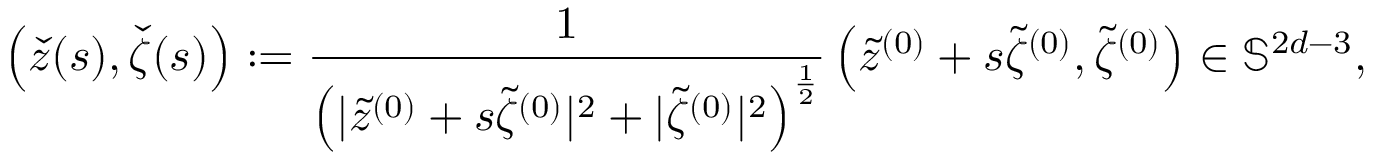
\left( \check { z } ( s ) , \check { \zeta } ( s ) \right) : = \frac { 1 } { { \left( | \tilde { z } ^ { ( 0 ) } + s \tilde { \zeta } ^ { ( 0 ) } | ^ { 2 } + | \tilde { \zeta } ^ { ( 0 ) } | ^ { 2 } \right) ^ { \frac { 1 } { 2 } } } } \left( \tilde { z } ^ { ( 0 ) } + s \tilde { \zeta } ^ { ( 0 ) } , \tilde { \zeta } ^ { ( 0 ) } \right) \in \mathbb { S } ^ { 2 d - 3 } ,